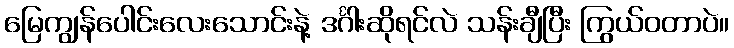
မြေကျွန်ပေါင်းလေးသောင်းနဲ့ ဒင်္ဂါးဆိုရင်လဲ သန်းချီပြီး ကြွယ်ဝတာပဲ။